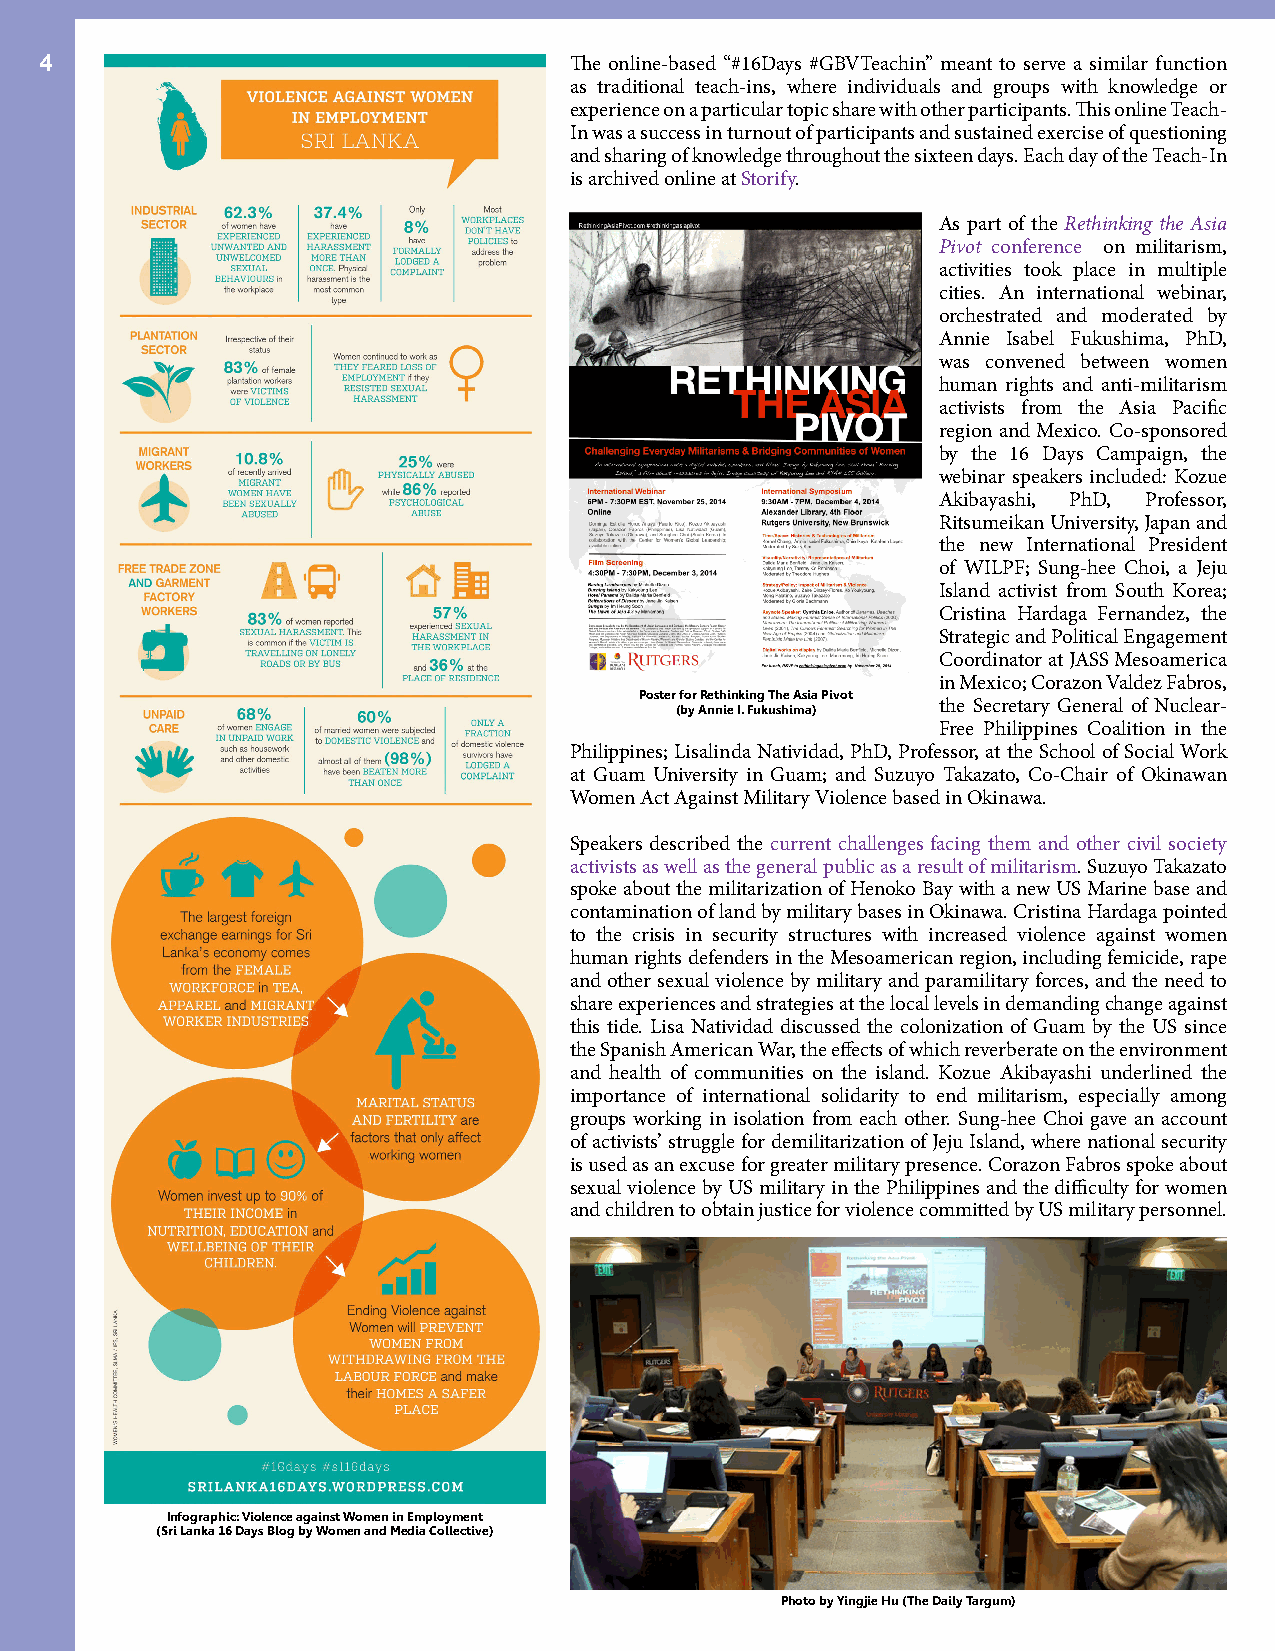
4                                  The online-based “#16Days #GBVTeachin” meant to serve a similar function
 as traditional teach-ins, where individuals and groups with knowledge or
 experience on a particular topic share with other participants. This online Teach-
 In was a success in turnout of participants and sustained exercise of questioning
 and sharing of knowledge throughout the sixteen days. Each day of the Teach-In
 is archived online at Storify.
 As part of the Rethinking the Asia
 Pivot conference on militarism,
 activities took place in multiple
 cities. An international webinar,
 orchestrated and moderated by
 Annie Isabel Fukushima, PhD,
 was convened between women
 human rights and anti-militarism
 activists from the Asia Pacific
 region and Mexico. Co-sponsored
 by the 16 Days Campaign, the
 webinar speakers included: Kozue
 Akibayashi, PhD, Professor,
 Ritsumeikan University, Japan and
 the new International President
 of WILPF; Sung-hee Choi, a Jeju
 Island activist from South Korea;
 Cristina Hardaga Fernandez, the
 Strategic and Political Engagement
 Coordinator at JASS Mesoamerica
 in Mexico; Corazon Valdez Fabros,
 Poster for Rethinking The Asia Pivot
 (by Annie I. Fukushima) the Secretary General of Nuclear-
 Free Philippines Coalition in the
 Philippines; Lisalinda Natividad, PhD, Professor, at the School of Social Work
 at Guam University in Guam; and Suzuyo Takazato, Co-Chair of Okinawan
 Women Act Against Military Violence based in Okinawa.
 Speakers described the current challenges facing them and other civil society
 activists as well as the general public as a result of militarism. Suzuyo Takazato
 spoke about the militarization of Henoko Bay with a new US Marine base and
 contamination of land by military bases in Okinawa. Cristina Hardaga pointed
 to the crisis in security structures with increased violence against women
 human rights defenders in the Mesoamerican region, including femicide, rape
 and other sexual violence by military and paramilitary forces, and the need to
 share experiences and strategies at the local levels in demanding change against
 this tide. Lisa Natividad discussed the colonization of Guam by the US since
 the Spanish American War, the effects of which reverberate on the environment
 and health of communities on the island. Kozue Akibayashi underlined the
 importance of international solidarity to end militarism, especially among
 groups working in isolation from each other. Sung-hee Choi gave an account
 of activists’ struggle for demilitarization of Jeju Island, where national security
 is used as an excuse for greater military presence. Corazon Fabros spoke about
 sexual violence by US military in the Philippines and the difficulty for women
 and children to obtain justice for violence committed by US military personnel.
 Infographic: Violence against Women in Employment
 (Sri Lanka 16 Days Blog by Women and Media Collective)
 Photo by Yingjie Hu (The Daily Targum)